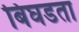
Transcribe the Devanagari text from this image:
बिघडता